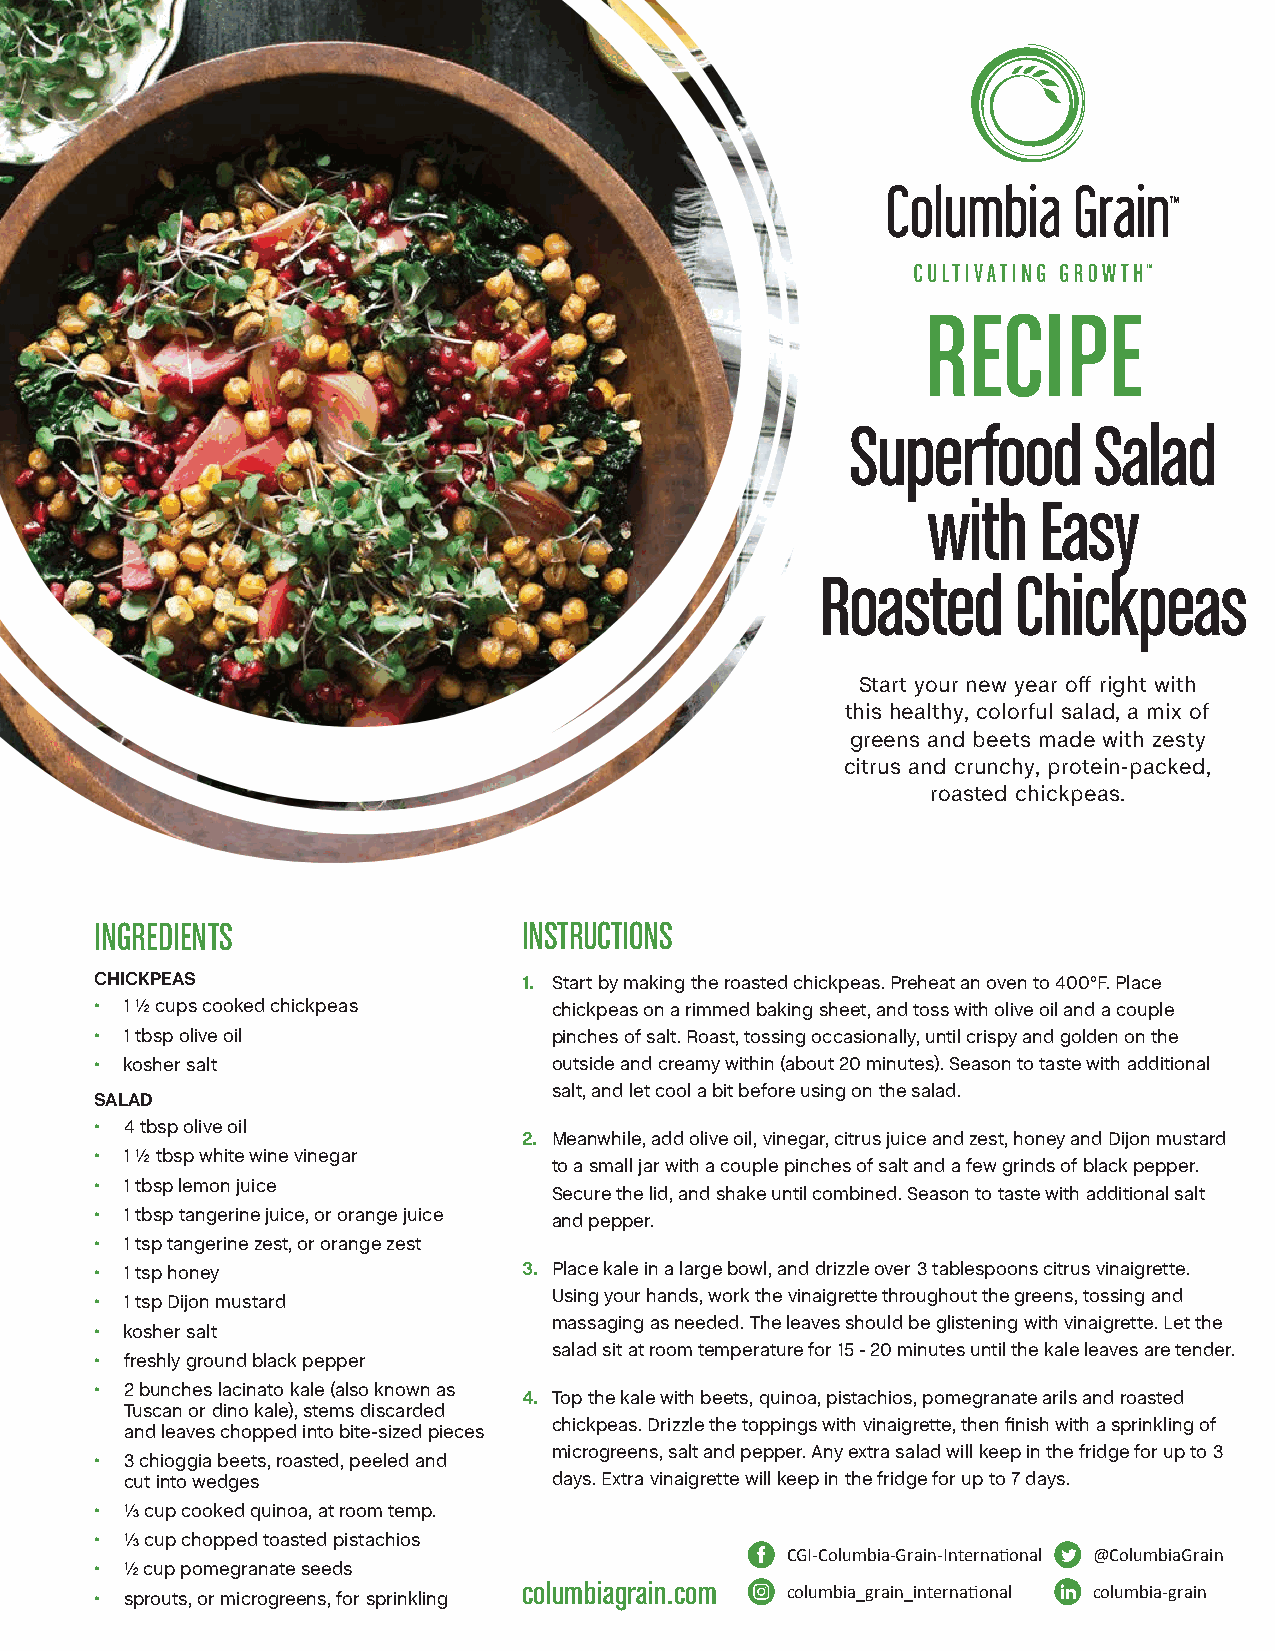
RECIPE
 Superfood       Salad
 with    Easy
 Roasted      Chickpeas
 Start your new year off right with
 this healthy, colorful salad, a mix of
 greens and beets made with zesty
 citrus and crunchy, protein-packed,
 roasted chickpeas.
 INGREDIENTS                  INSTRUCTIONS
 CHICKPEAS                    1. Start by making the roasted chickpeas. Preheat an oven to 400°F. Place
 • 1 ½ cups cooked chickpeas    chickpeas on a rimmed baking sheet, and toss with olive oil and a couple
 • 1 tbsp olive oil             pinches of salt. Roast, tossing occasionally, until crispy and golden on the
 • kosher salt                  outside and creamy within (about 20 minutes). Season to taste with additional
 salt, and let cool a bit before using on the salad.
 SALAD
 • 4 tbsp olive oil
 2. Meanwhile, add olive oil, vinegar, citrus juice and zest, honey and Dijon mustard
 • 1 ½ tbsp white wine vinegar
 to a small jar with a couple pinches of salt and a few grinds of black pepper.
 • 1 tbsp lemon juice
 Secure the lid, and shake until combined. Season to taste with additional salt
 • 1 tbsp tangerine juice, or orange juice and pepper.
 • 1 tsp tangerine zest, or orange zest
 • 1 tsp honey                3. Place kale in a large bowl, and drizzle over 3 tablespoons citrus vinaigrette.
 Using your hands, work the vinaigrette throughout the greens, tossing and
 • 1 tsp Dijon mustard
 massaging as needed. The leaves should be glistening with vinaigrette. Let the
 • kosher salt
 salad sit at room temperature for 15 - 20 minutes until the kale leaves are tender.
 • freshly ground black pepper
 • 2 bunches lacinato kale (also known as
 4. Top the kale with beets, quinoa, pistachios, pomegranate arils and roasted
 Tuscan or dino kale), stems discarded
 chickpeas. Drizzle the toppings with vinaigrette, then finish with a sprinkling of
 and leaves chopped into bite-sized pieces
 microgreens, salt and pepper. Any extra salad will keep in the fridge for up to 3
 • 3 chioggia beets, roasted, peeled and
 cut into wedges              days. Extra vinaigrette will keep in the fridge for up to 7 days.
 • ⅓ cup cooked quinoa, at room temp.
 • ⅓ cup chopped toasted pistachios
 CGI-Columbia-Grain-International @ColumbiaGrain
 • ½ cup pomegranate seeds
 columbiagrain.com columbia_grain_international columbia-grain
 • sprouts, or microgreens, for sprinkling